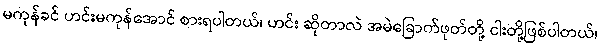
မကုန်ခင် ဟင်းမကုန်အောင် စားရပါတယ်၊ ဟင်း ဆိုတာလဲ အမဲခြောက်ဖုတ်တို့ ငါးတို့ဖြစ်ပါတယ်၊